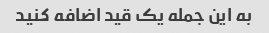
به این جمله یک قید اضافه کنید